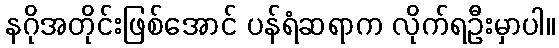
နဂိုအတိုင်းဖြစ်အောင် ပန်ရံဆရာက လိုက်ရဦးမှာပါ။